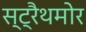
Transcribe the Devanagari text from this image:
स्ट्रैथमोर